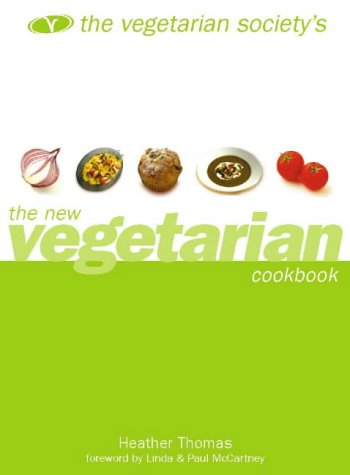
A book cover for The Vegetarian Society's New Vegetarian Cookbook; Heather Thomas; Health, Fitness & Dieting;